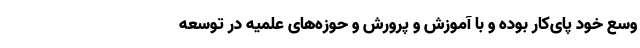
وسع خود پای‌کار بوده و با آموزش و پرورش و حوزه‌های علمیه در توسعه